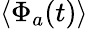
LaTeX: \langle\Phi_{a}(t)\rangle